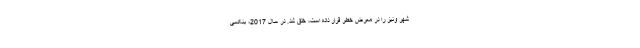
شهر ونیز را در معرض خطر قرار داده است، خلق شد. در سال 2017، بنکسی